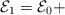
\begin{align*} {\cal E}_1={\cal E}_0 +\end{align*}